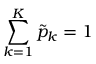
\sum _ { k = 1 } ^ { K } \tilde { p } _ { k } = 1